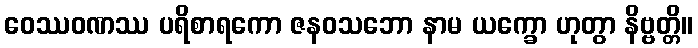
ဝေဿဝဏဿ ပရိစာရကော ဇနဝသဘော နာမ ယက္ခော ဟုတွာ နိဗ္ဗတ္တိ။